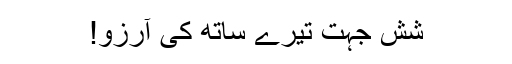
شش جہت تیرے ساتھ کی آرزو!